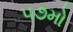
૫૭મો